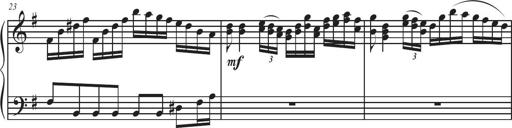
Title: Sonatina Espania
Composer: Jerald Franklin Archer
Key: Various